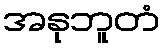
အနုဘူတံ